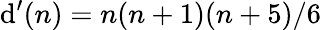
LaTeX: \mathrm{d}^{\prime}(n)=n(n+1)(n+5)/6